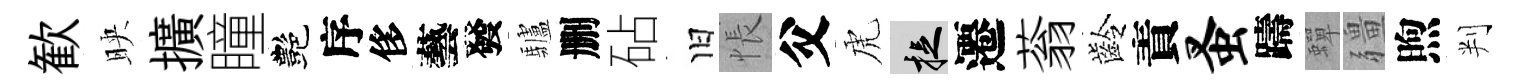
歓映擴瞳艷序侈藝發驢删砧旧悵父虎捉遷蓊齡責蚤躊蟬疆煦判